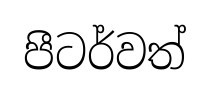
පීටර්වත්